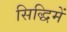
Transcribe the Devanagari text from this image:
सिद्धिमें